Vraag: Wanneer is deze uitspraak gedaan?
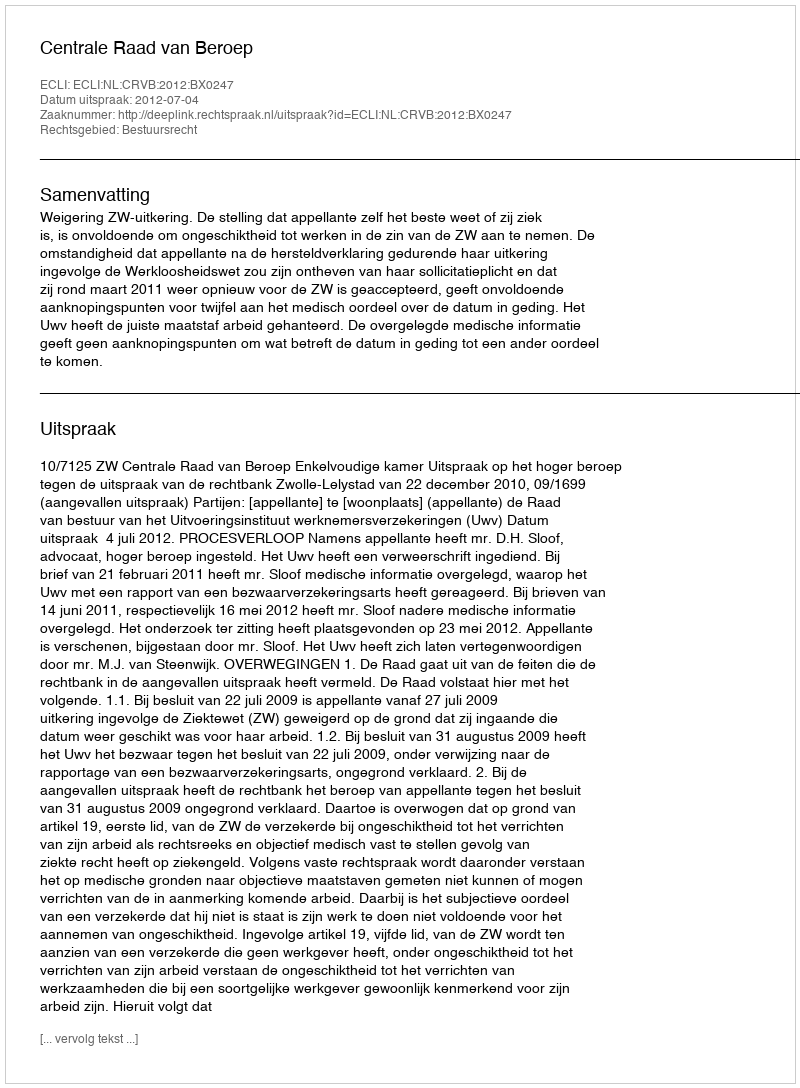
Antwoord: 2012-07-04